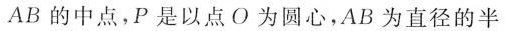
AB的中点，P是以点O为圆心，AB为直径的半